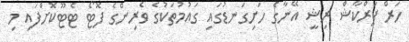
ހަރް ޕަރްކާޝް ރިޝީ އޭނާގެ ހަށިގަނޑުގައި ގައުމުތަކުގެ ވެރިންގެ ފޮޓޯ ޓެޓޫކޮށްފައި މި